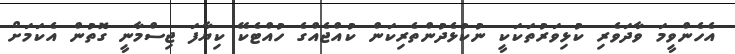
އެހެންވީމަ ވާދަވެރި ކުޅިވަރުތަކަކީ ނުކުޅެދުންތެރިކަން ކުއްޖެއްގެ ހުއްޓެކޭ ކިޔާފަ ޖިސްމާނީ ގޮތުން އެކަމަށް